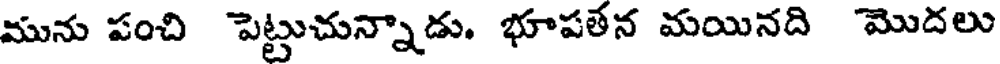
మును పంచి పెట్టుచున్నాడు. భూపతన మయినది మొదలు